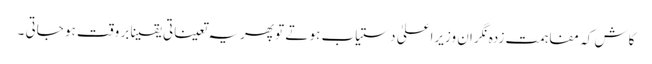
کاش کہ مفاہمت زدہ نگران وزیرِاعلیٰ دستیاب ہو تے تو پھریہ تعیناتی یقینا بر وقت ہو جاتی ۔